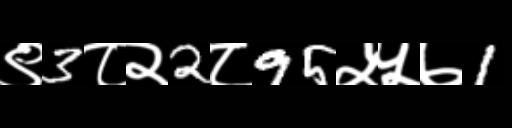
Text: ९3८२2८95५५७1